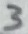
Text: 3